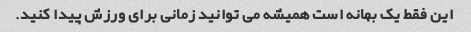
این فقط یک بهانه است همیشه می توانید زمانی برای ورزش پیدا کنید.